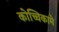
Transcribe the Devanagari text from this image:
कोच्चिकामे